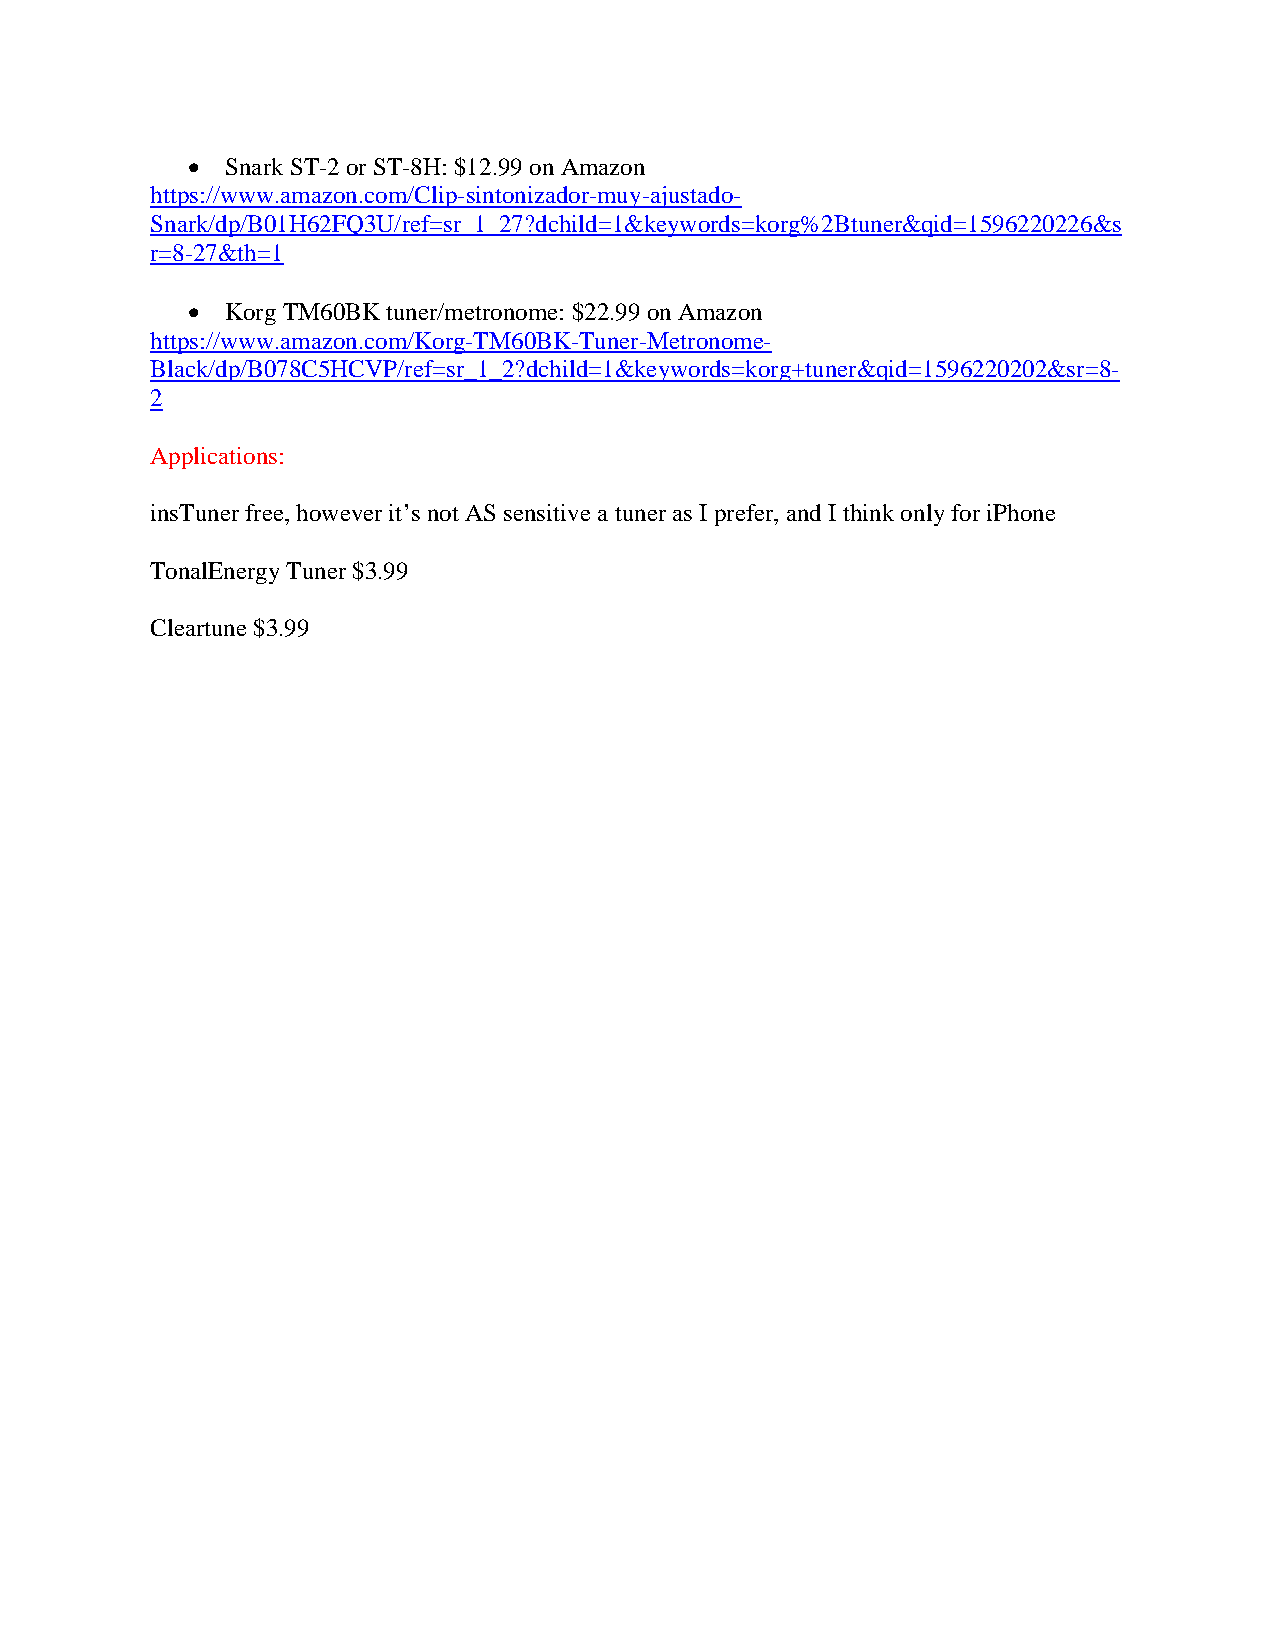
•  Snark ST-2 or ST-8H: $12.99 on Amazon
 https://www.amazon.com/Clip-sintonizador-muy-ajustado-
 Snark/dp/B01H62FQ3U/ref=sr_1_27?dchild=1&keywords=korg%2Btuner&qid=1596220226&s
 r=8-27&th=1
 •  Korg TM60BK tuner/metronome: $22.99 on Amazon
 https://www.amazon.com/Korg-TM60BK-Tuner-Metronome-
 Black/dp/B078C5HCVP/ref=sr_1_2?dchild=1&keywords=korg+tuner&qid=1596220202&sr=8-
 2
 Applications:
 insTuner free, however it’s not AS sensitive a tuner as I prefer, and I think only for iPhone
 TonalEnergy Tuner $3.99
 Cleartune $3.99